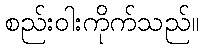
စည်းဝါးကိုက်သည်။